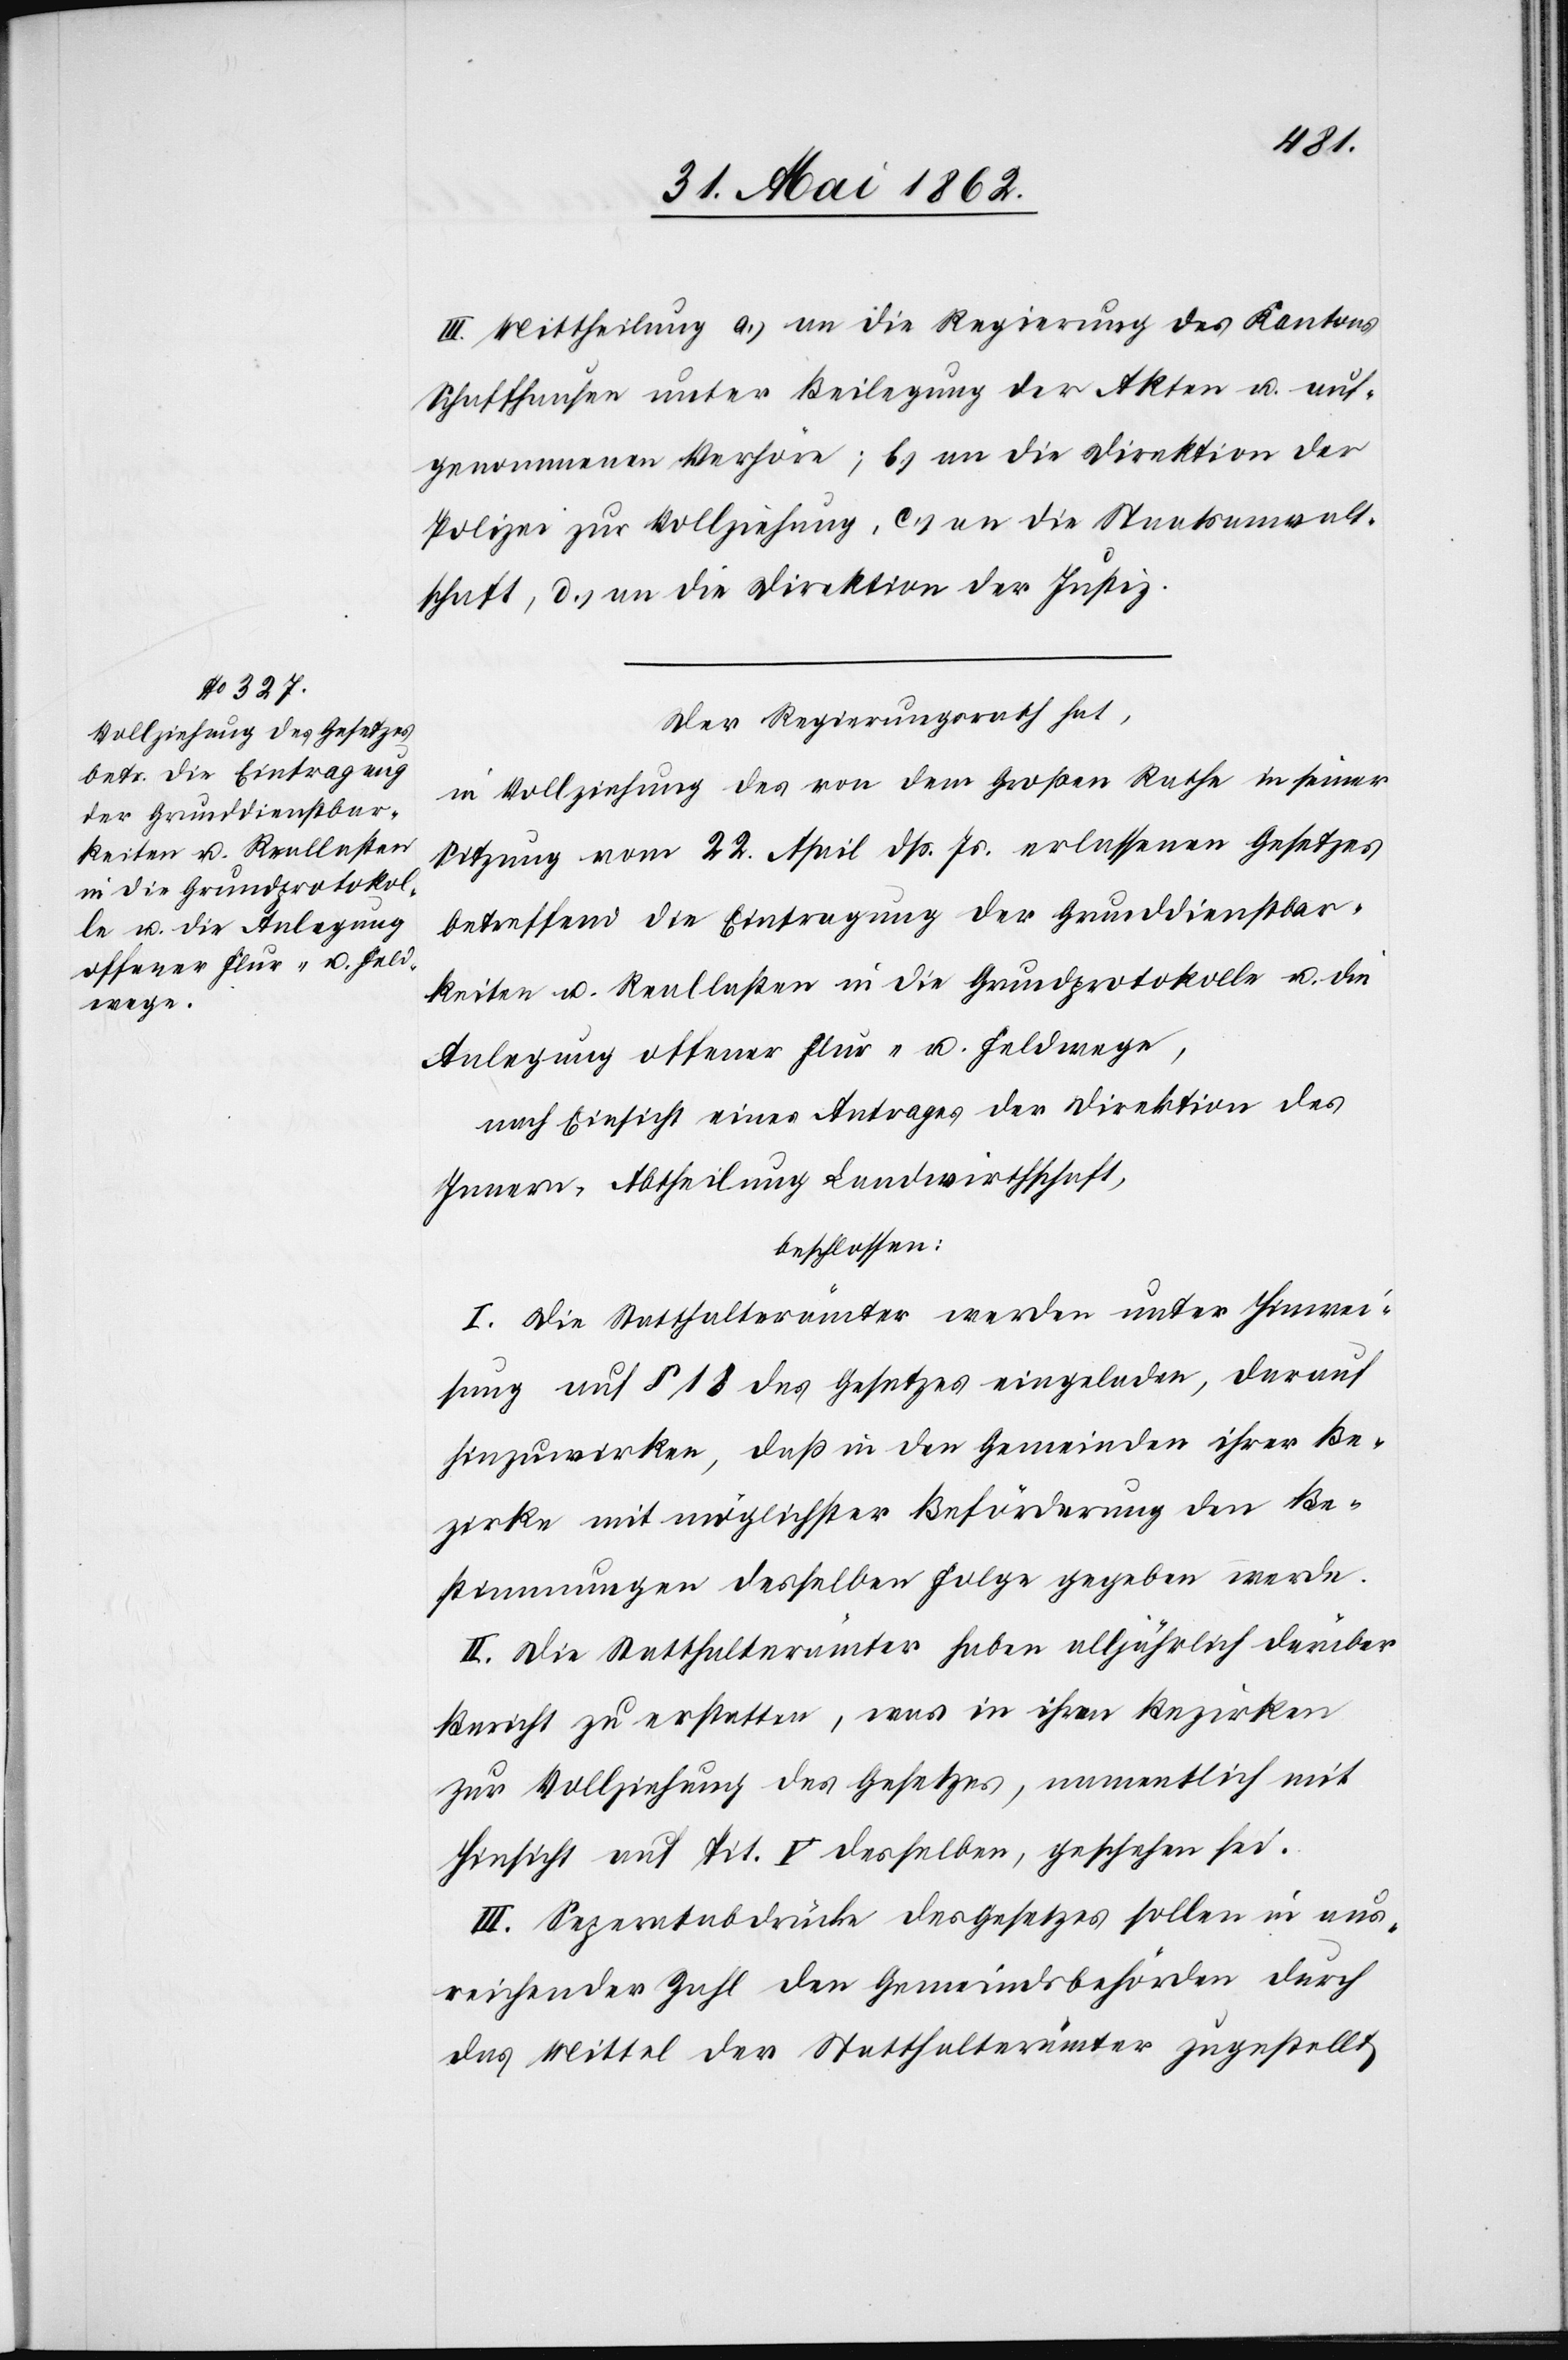
III. Mittheilung a) an die Regierung des Kantons
Schaffhausen unter Beilegung der Akten u. auf¬
genommenen Verhöre; b) an die Direktion der
Polizei zur Vollziehung, c) an die Staatsanwalt¬
schaft, d) an die Direktion der Justiz.
Der Regierungsrath hat,
in Vollziehung des von dem Großen Rathe in seiner
Sitzung vom 22. April dß. Js. erlassenen Gesetzes
betreffend die Eintragung der Grunddienstbar¬
keiten u. Reallasten in die Grundprotokolle u. die
Anlegung offener Flur- u. Feldwege,
nach Einsicht eines Antrages der Direktion des
Innern, Abtheilung Landwirthschaft,
beschlossen:
I. Die Statthalterämter werden unter Hinwei¬
sung auf § 18 des Gesetzes eingeladen, darauf
hinzuwirken, daß in den Gemeinden ihrer Be¬
zirke mit möglichster Beförderung den Be¬
stimmungen desselben Folge gegeben werde.
II. Die Statthalterämter haben alljährlich darüber
Bericht zu erstatten, was in ihren Bezirken
zur Vollziehung des Gesetzes, namentlich mit
Hinsicht auf Tit. V. desselben, geschehen sei.
III. Separatabdrücke des Gesetzes sollen in aus¬
reichender Zahl den Gemeindsbehörden durch
das Mittel der Statthalterämter zugestellt